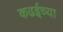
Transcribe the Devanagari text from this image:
कढईच्या